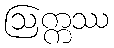
ဩက္ကဿ